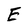
Character: E